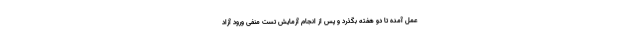
عمل آمده تا دو هفته بگذرد و پس از انجام آزمایش تست منفی ورود آزاد